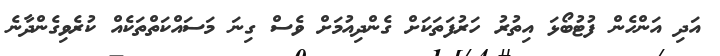
އަދި އަންހެން ފުޓުބޯޅަ އިތުރު ހަރުފަތަކަށް ގެންދިއުމަށް ވެސް ގިނަ މަސައްކަތްތަކެއް ކުރެވިގެންދާނެ